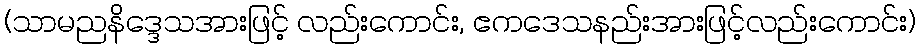
(သာမညနိဒ္ဒေသအားဖြင့် လည်းကောင်း, ဧကဒေသနည်းအားဖြင့်လည်းကောင်း)